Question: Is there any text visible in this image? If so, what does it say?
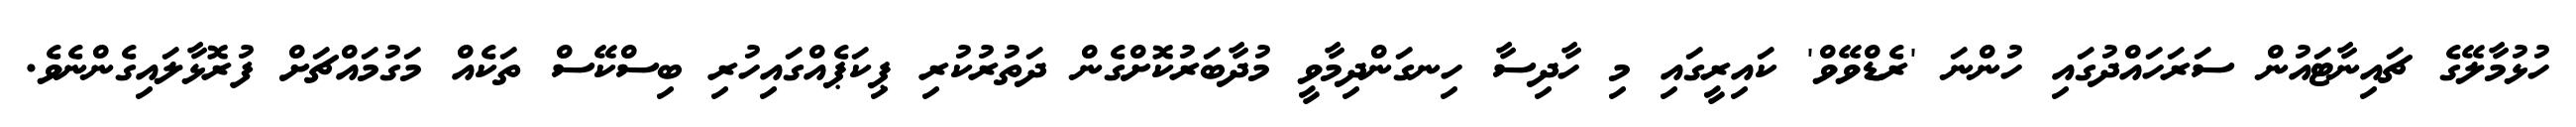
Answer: ހުޅުމާލޭގެ ޗައިނާޓައުން ސަރަހައްދުގައި ހުންނަ 'ރެޑްވޭވް' ކައިރީގައި މި ހާދިސާ ހިނގަންދިމާވީ މުދާބަރުކޮށްގެން ދަތުރުކުރި ޕިކަޕެއްގައިހުރި ބިސްކޭސް ތަކެއް މަގުމައްޗަށް ފުރޮޅާލައިގެންނެވެ.